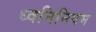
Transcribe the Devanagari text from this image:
ध्वनिनियम